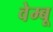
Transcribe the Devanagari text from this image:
वेम्बू